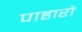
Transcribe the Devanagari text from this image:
पाहारो